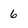
Character: 6